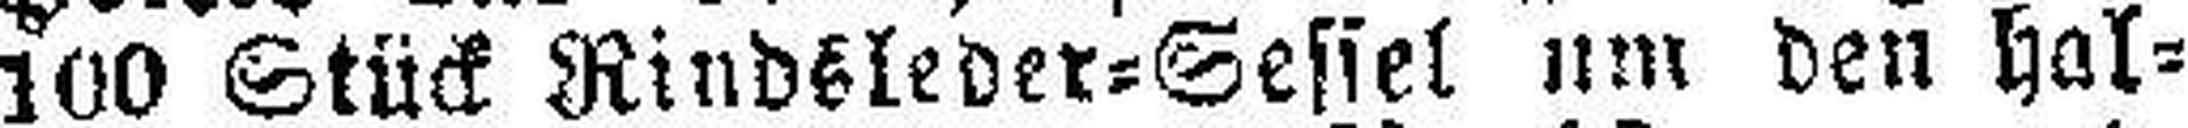
100 Stück Rindsleder=Sessel um den hal¬